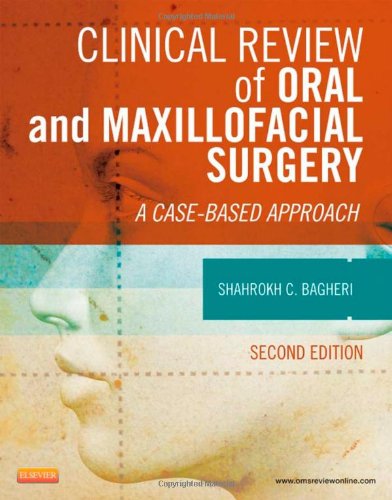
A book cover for Clinical Review of Oral and Maxillofacial Surgery: A Case-based Approach, 2e; Shahrokh C. Bagheri BS  DMD  MD  FACS  FICD; Medical Books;